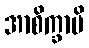
အာစိက္ခာမိ